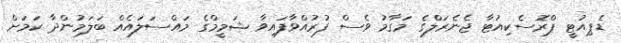
ޑެޕިއުޓީ ޕްރޮސެކިއުޓާ ޖެނެރަލްގެ މަގާމު ވެސް ފުރުއްވާފައިވާ ޝަމީމްގެ މައްސަލައެއް ބަލަމުންދާ ކަމަށް